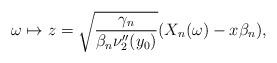
LaTeX: \begin{align*} \omega\mapsto z = \sqrt{ \frac{\gamma_n}{\beta_n\nu_2''(y_0 )}} (X_n(\omega)-x\beta_n ), \end{align*}